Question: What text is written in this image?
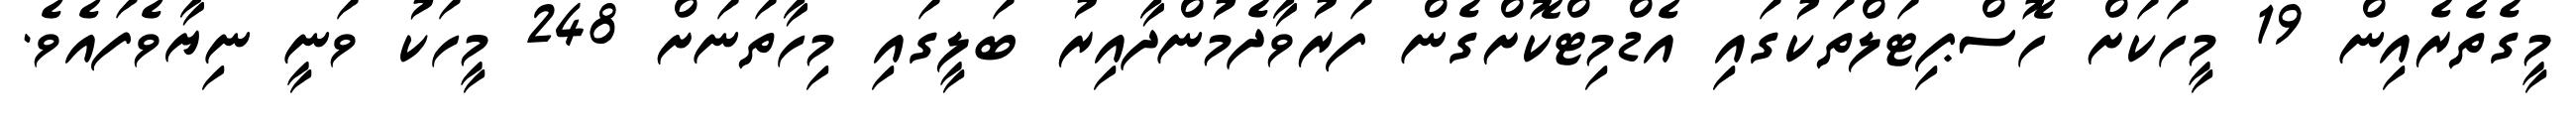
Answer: މީގެތެރެއިން 19 މީހަކަށް ހޮސްޕިޓަލްތަކުގައި އެޑްމިޓްކޮށްގެން ފަރުވާދެމުންދާއިރު ބަލީގައި މިހާތަނަށް 248 މީހަކު ވަނީ ނިޔާވެފައެވެ.